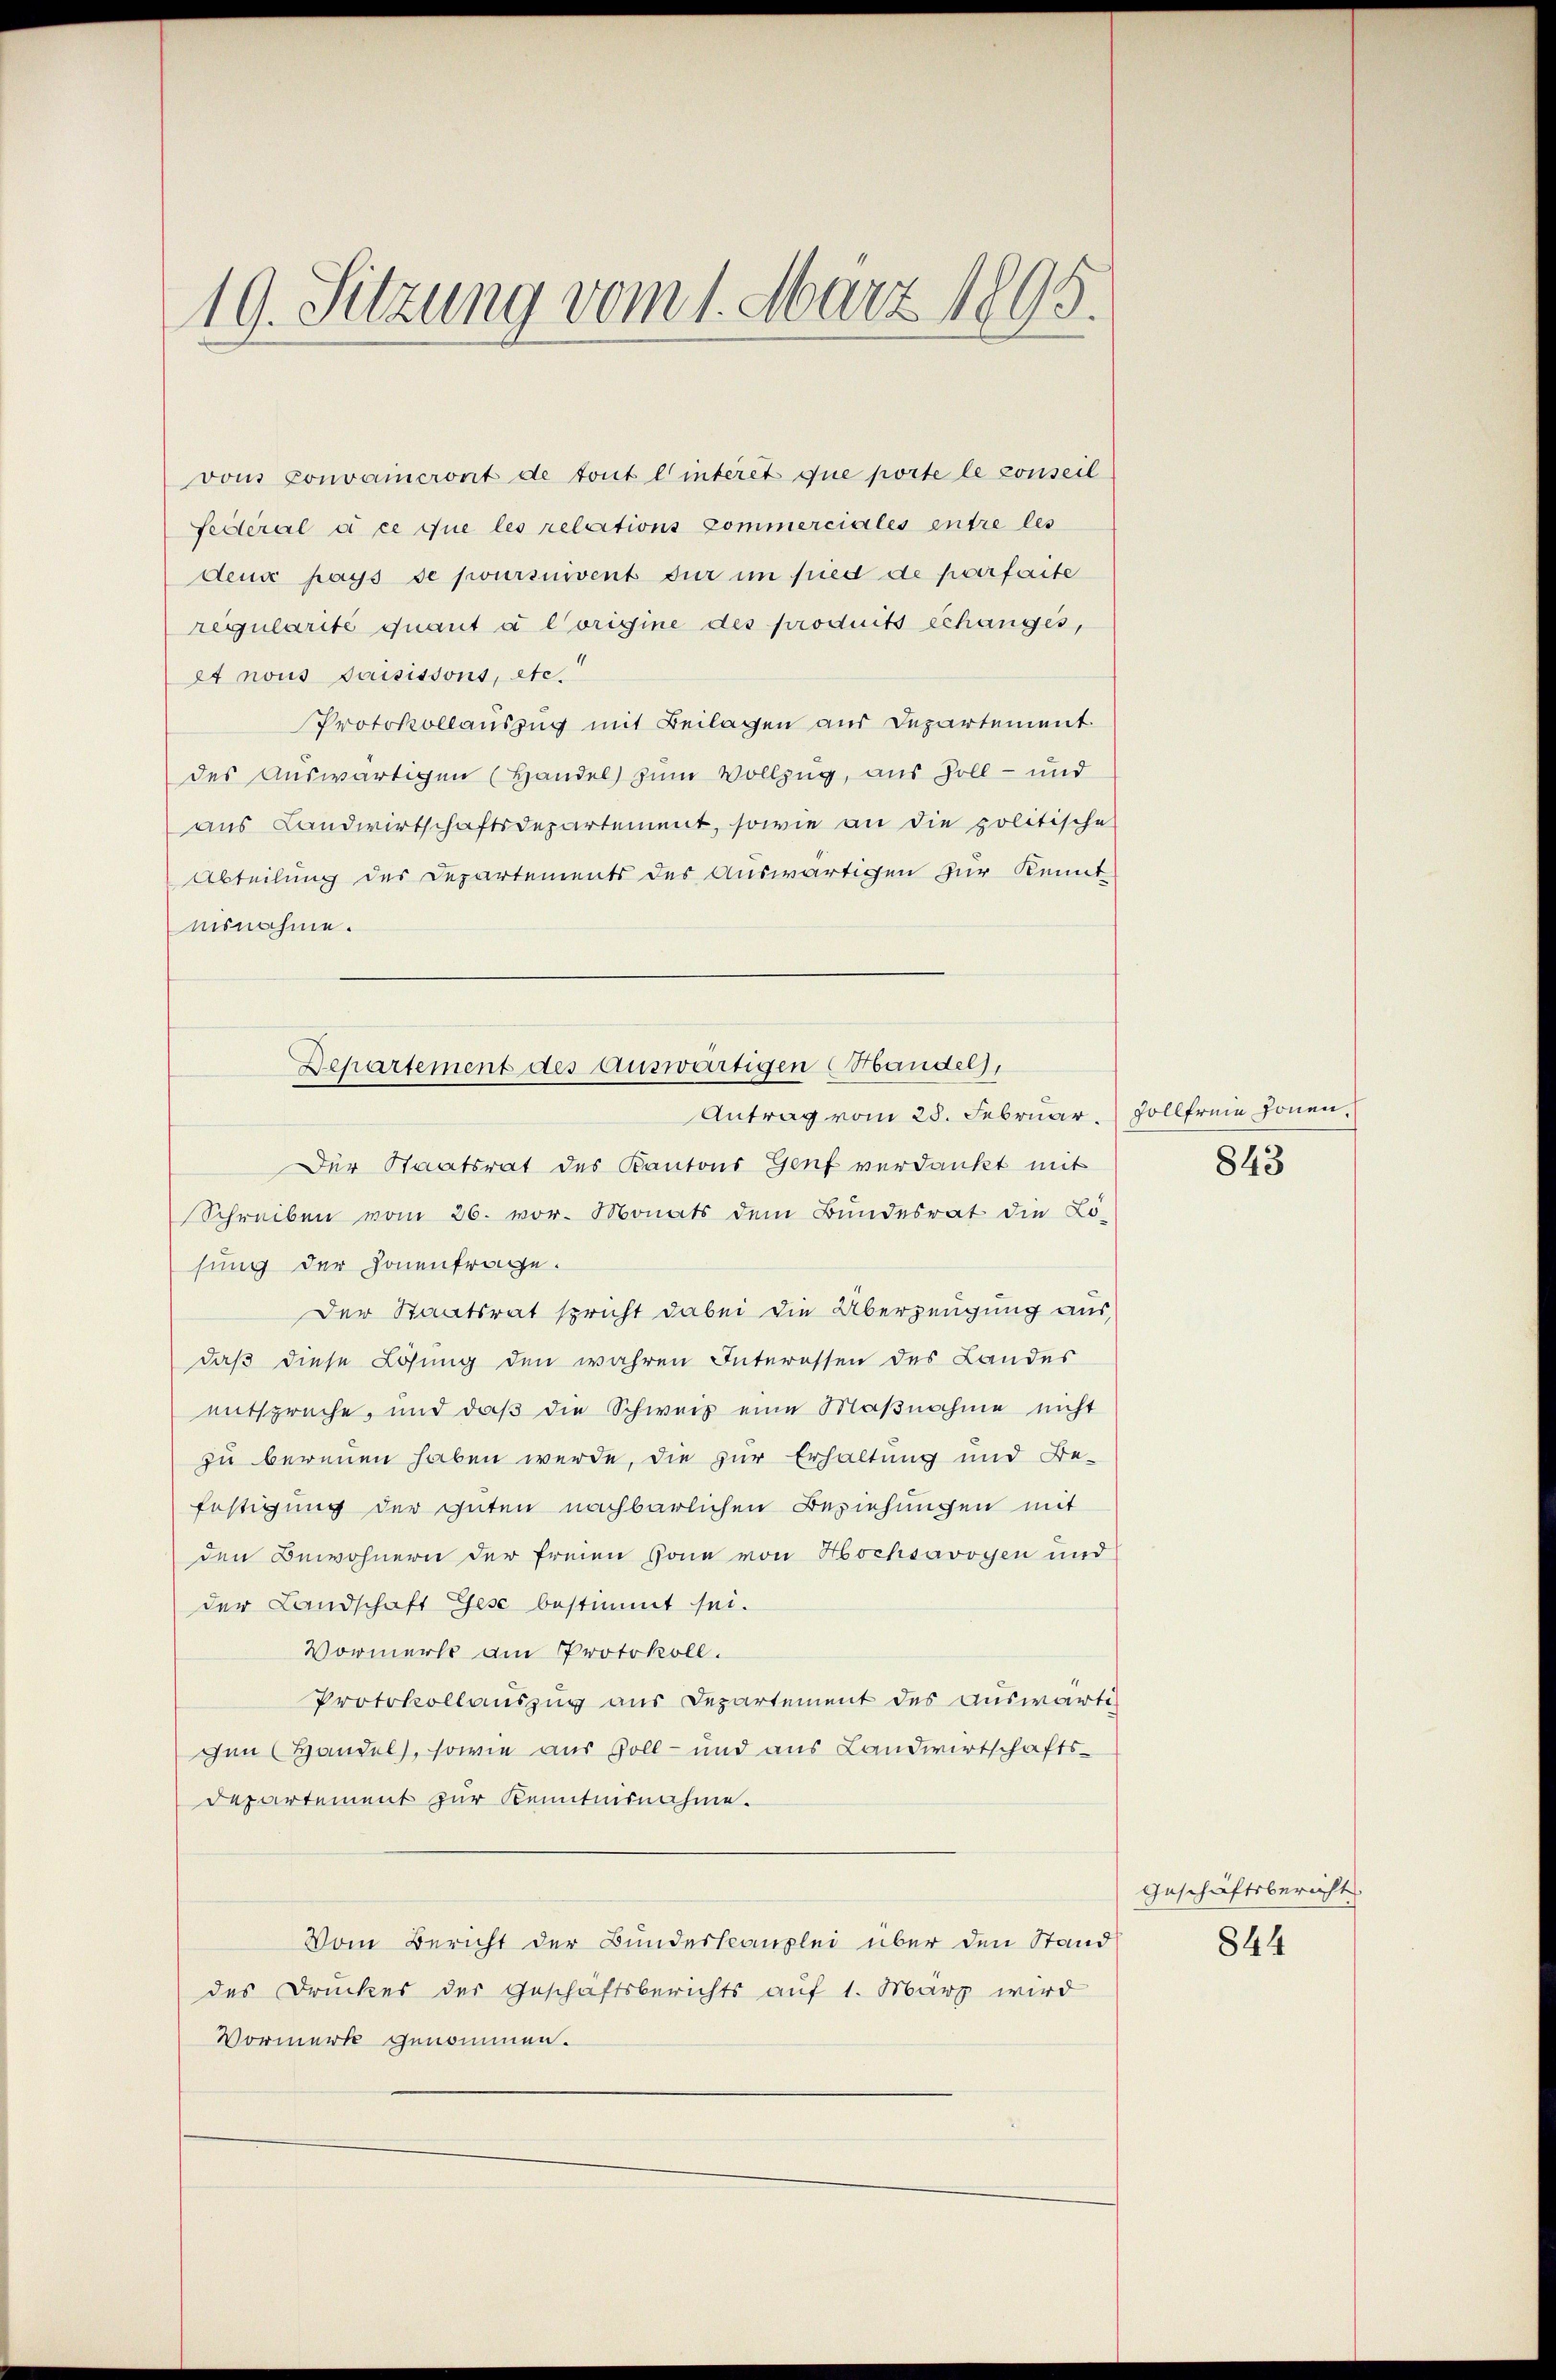
19. Sitzung vom 1. März 1895.

vons Convaincront de tout l’interet que porte le conseil
Federal à ce que les relations Commerciales entre les
deus pays se poursuivent für im fried de parfaite
regularité quant à l’origine des produits échanges,
ex nous saisissons, etc.
Protokollauszug mit Beilagen aus Departement.
des Auswärtigen (Handel zum Vollzug, aus Soll- und
aus Landwirtschaftsdepartement, sowie an die politische
Abteilung des Departements des Auswärtigen zur Kennt
ausnahme.

Departement des Auswärtigen Mandels,
Antrag vom 28. Februar. Zollfreie ponen.

Der Staatsrat des Kantons Genf verdankt mit
Schreiben vom 26. vor. Monats dem Bundesrat die Lö-
sung der Honenfrage.
Der Staatsrat spricht dabei die Überzeugung aus
daß diese Lösung den wahren Interessen des Landes
entspreche, und daß die Schweiz eine Maßnahme nicht
zu bereuen haben werde, die zur Erhaltung und Be-
festigung der guten nachbarlichen Beziehungen mit
den Bewohnern der Ernen sona von Hochsavoyen und
der Landschaft Gese bestimmt sei.
Vormerk am Protokoll.
Protokollauszug aus Departement des auswärtig
gen (Handel, sowie aus Zoll- und aus Landwirtschafts¬
Departement zur Kenntnisnahme.
Vom Bericht der Bundeskanzlei über den Stand
des Druckes der Geschäftsberichts auf 1. März wird
Vormerk genommen.

843

Geschäftsbericht.
844